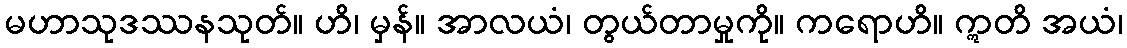
မဟာသုဒဿနသုတ်။ ဟိ၊ မှန်။ အာလယံ၊ တွယ်တာမှုကို။ ကရောဟိ။ ဣတိ အယံ၊